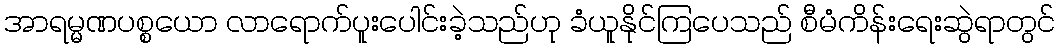
အာရမ္မဏပစ္စယော လာရောက်ပူးပေါင်းခဲ့သည်ဟု ခံယူနိုင်ကြပေသည် စီမံကိန်းရေးဆွဲရာတွင်